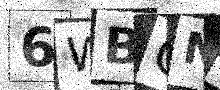
Text: 6WBCNY